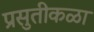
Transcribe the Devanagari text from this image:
प्रसुतीकळा